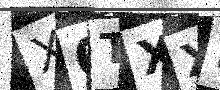
Text: X0TXXL